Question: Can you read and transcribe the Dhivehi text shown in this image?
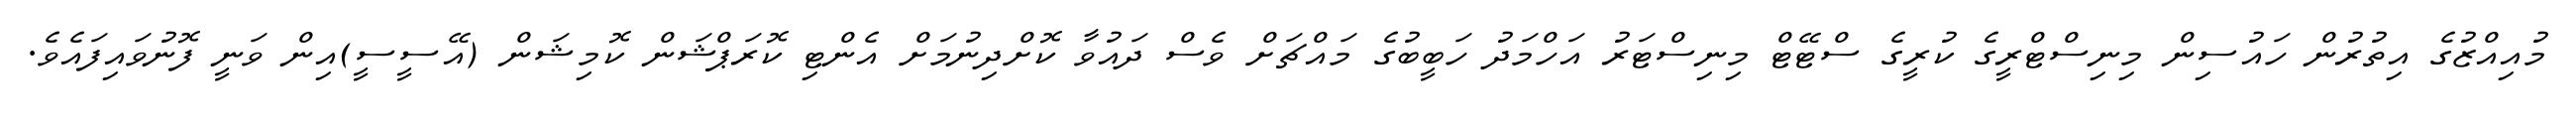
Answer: މުއިއްޒުގެ އިތުރުން ހައުސިން މިނިސްޓްރީގެ ކުރީގެ ސްޓޭޓް މިނިސްޓަރު އަހްމަދު ހަބީބުގެ މައްޗަށް ވެސް ދައުވާ ކޮށްދިނުމަށް އެންޓި ކޮރަޕްޝަން ކޮމިޝަން (އޭސީސީ)އިން ވަނީ ފޮނުވައިފައެވެ.